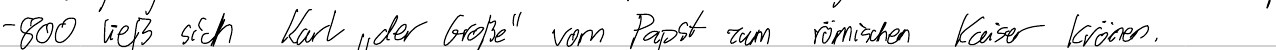
- 800 ließ sich Karl "der Große" vom Papst zum römischen Kaiser krönen.